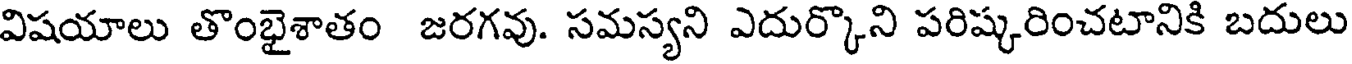
విషయాలు తొంభైశాతం జరగవు. సమస్యని ఎదుర్కొని పరిష్కరించటానికి బదులు